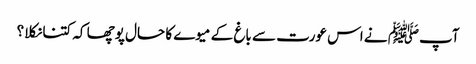
آپﷺ نے اس عورت سے باغ کے میوے کا حال پوچھا کہ کتنا نکلا؟